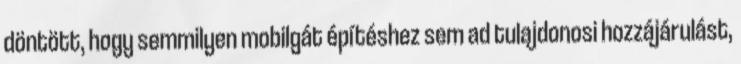
döntött, hogy semmilyen mobilgát építéshez sem ad tulajdonosi hozzájárulást,